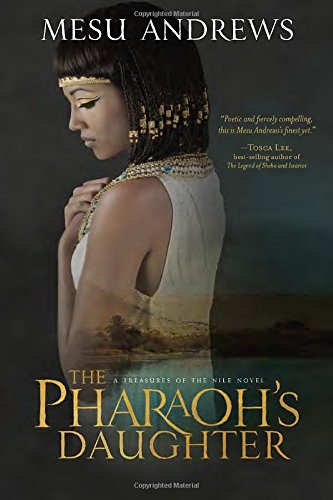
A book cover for The Pharaoh's Daughter: A Treasures of the Nile Novel; Mesu Andrews; Religion & Spirituality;